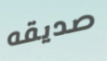
صديقه